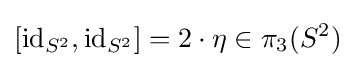
[\mathrm {id} _{S^{2}},\mathrm {id} _{S^{2}}]=2\cdot \eta \in \pi _{3}(S^{2})